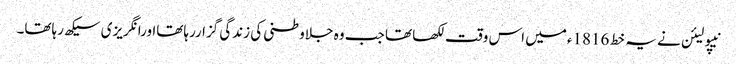
نیپولیئن نے یہ خط 1816ءمیں اس وقت لکھا تھا جب وہ جلاوطنی کی زندگی گزاررہاتھااورانگریزی سیکھ رہاتھا۔